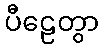
ပီဠေတွာ